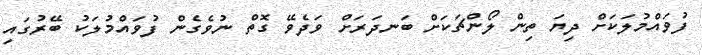
ފުވައްމުލަކަށް ދިޔަ ތިން ލޯންޗަކަށް ބަނދަރަށް ވަދެވޭ ގޮތް ނުވެގެން ފުވައްމުލަކު ބޭރުގައި